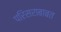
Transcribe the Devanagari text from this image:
परिसराबाबत